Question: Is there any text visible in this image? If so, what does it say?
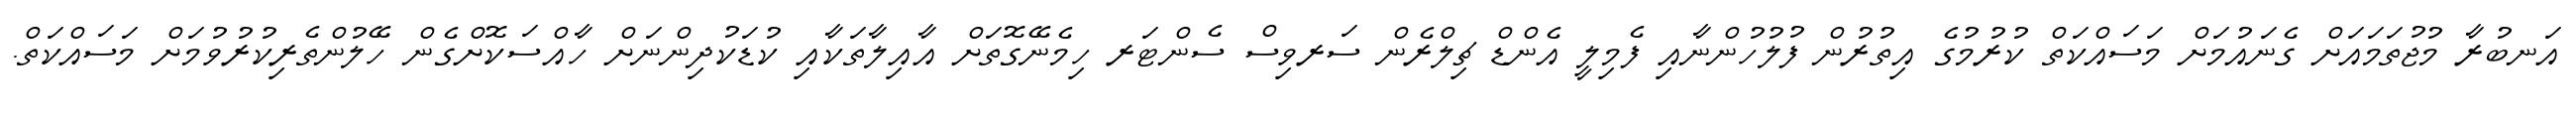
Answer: އަނބުރާ މުޖުތަމައަށް ގެނައުމަށް މަސައްކަތް ކުރުމުގެ އިތުރުން ފުލުހުންނާއި ފެމިލީ އެންޑް ޗިލްރެން ސަރވިސް ސެންޓަރ ހިމެނޭގޮތަށް އާއިލާތަކާއި ކުޑަކުދިންނަށް ހާއްސަކޮށްގެން ހޭލުންތެރިކުރުވުމަށް މަސައްކަތް.